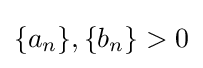
\{a_{n}\},\{b_{n}\}>0